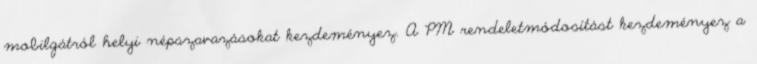
mobilgátról helyi népszavazásokat kezdeményez. A PM rendeletmódosítást kezdeményez a